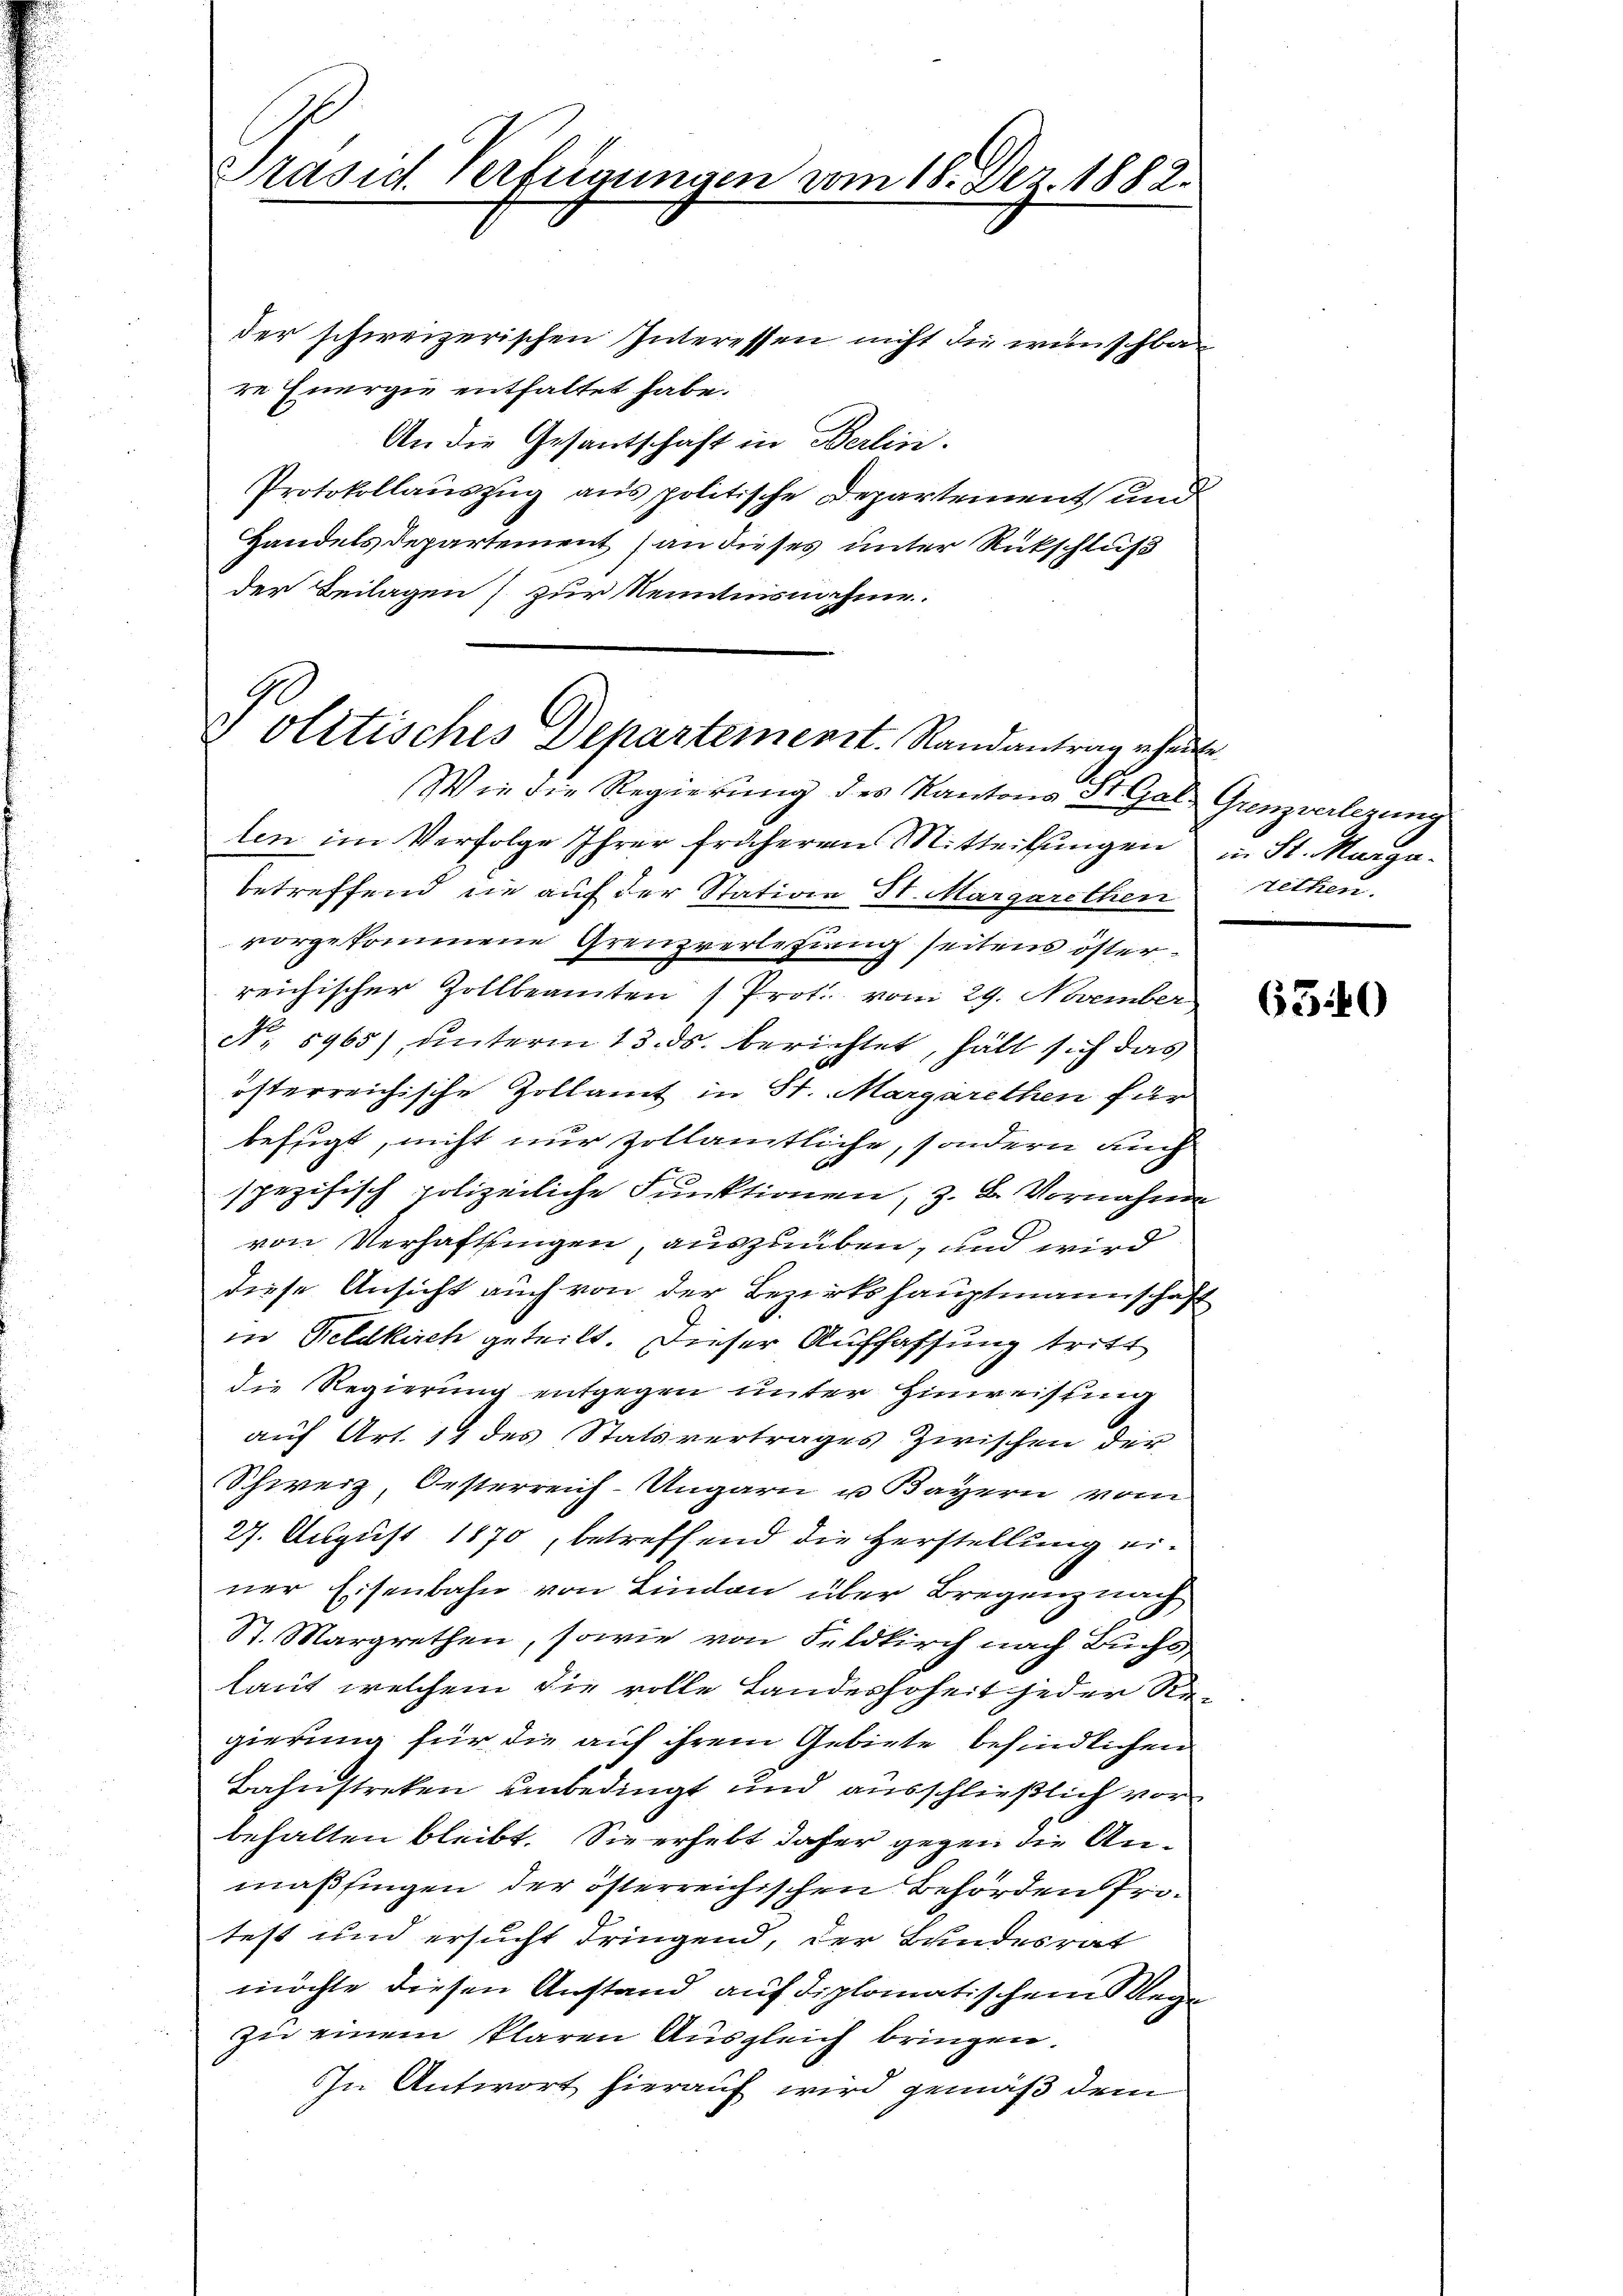
Präsid. Verfügungen vom 18. Dez. 1882.

der schweizerischen Interessen nicht die wünschbar
re Energie enthaltet habe.
An die Gesantschaft in Berlin.
Protokollauszug aus politische Departement und
Handels Departement an dieses unter Rückschluß
der Beilagen] zur Kenntnisnahme.
Wie die Regierung des Kantons St. Gat Grenzverlegung
ten im Verfolge Ihrer früheren Mitteilungen in St. Margabetreffend die auf der Station St. Margarethen retten.
vorgekommene Grenzverlesung seitens österreichischer Zollbeamten (Prot. vom 29. November
N. 5965), unterm 13. ds. berichtet, hält sich das
österreichische Zollamt in St. Margarethen für
befugt, nicht nur zollamtliche, sondern auch
spezifisch polizeiliche Funktionen, z. B. Vornahme
von Verhaftlingen, auszuüben, und wird
diese Ansicht auch von der Bezirkshauptmannschaft
in Feldkirch geteilt. Dieser Auffassung tritt
die Regierung entgegen unter Hinweistung
auf Art. 14 des Statsvertrages zwischen der
Schweiz, Oesterreich-Ungarn u. Bayern vom
27. August 1870, betreffend die Herstellung einer Eisenbahn von Lindau über Bregenznach
St. Margrethen, sowie von Feldkirch nach Buchs,
laut welchem die volle Landeshoheit jeder Re-
gierung für die auf ihrem Gebiete befindlichen
Bahnstreken unbedingt und ausschließlich vor
behalten bleibt. Sie erhebt daher gegen die Anmaßfingen der österreichischen Behörden Protest und ersucht dringend, der Bundesrat
möchte diesen Anstand auf diplomatischem Wege
zu einem klaren Ausgleich bringen.
In Antwort hierauf wird gemäß dem

J olitisches Departement. Randantrag erheite

650